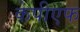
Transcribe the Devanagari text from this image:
केपीएफ